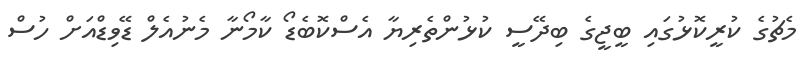
މެޗުގެ ކުރީކޮޅުގައި ބީޖީގެ ބިދޭސީ ކުޅުންތެރިޔާ އެސްކޮބެޑޯ ކާމޯނާ މެނުއެލް ޑޭވިޑްއަށް ހުސް